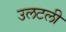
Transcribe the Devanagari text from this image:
उलटली